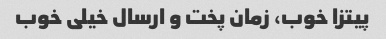
پیتزا خوب، زمان پخت و ارسال خیلی خوب